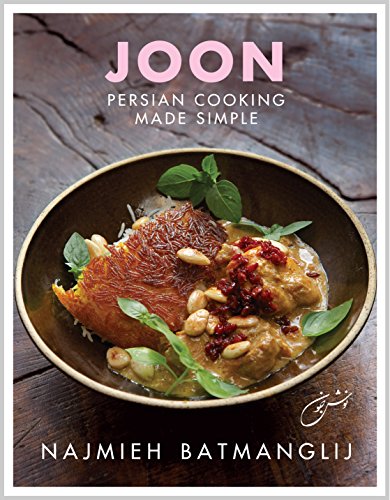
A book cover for Joon: Persian Cooking Made Simple; Najmieh Batmanglij; Cookbooks, Food & Wine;